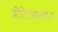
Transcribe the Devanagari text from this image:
ब्रीटिशकालात